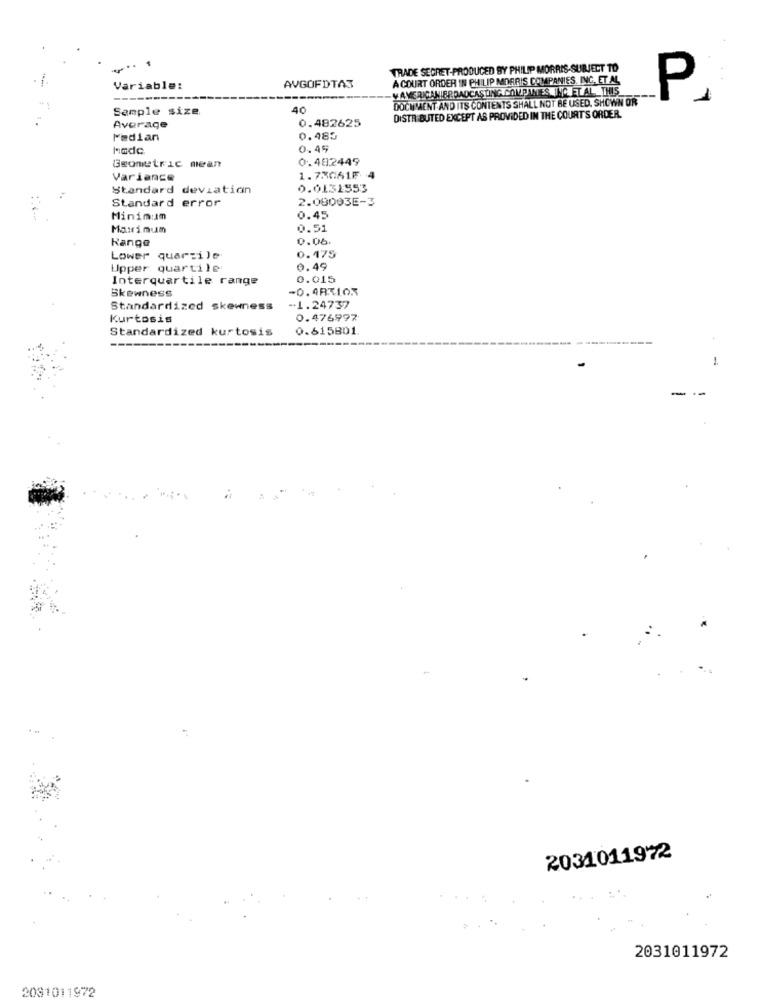
TRADE SECRET-PRODUCED BY PHILIP MORRIS-SUBJECT TO
A COURT ORDER IN PHILIP MORRIS COMPANIES, INC. ET AL
Variable:
AVGOFDTAS
-VAMERICANIBROADCASTING COMPJANTES ING ET AL, THIS
DOCUMENT AND ITS CONTENTS SHALL NOT BE USED, SHOWN OR
-
P
Sample size
40
0.482625
DISTRIBUTED EXCEPT AS PROVIDED IN THE COURTS ORDER.
Average
Median
0.485
0.49
0.482449
Geometric mean
Variance
1.730616
Standard deviation
0.0131553
Standard error
2.00003E-3
Minimum
0.45
Maximum
0.51
Range
0.06.
Lower quartile
0. 475
Upper quartile
0.49
Interquartile range
0.015
Skewness
-0.483103
Standardized skewness
-1.24737
Kurtosis
0.476997
Standardized kurtosis
0.615801
1.
-
2031011972
2031011972
2081011972